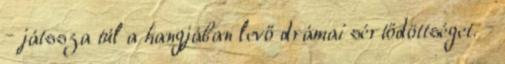
– játssza túl a hangjában levő drámai sértődöttséget. –